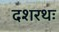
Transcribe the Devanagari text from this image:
दशरथः